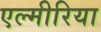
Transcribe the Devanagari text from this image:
एल्मीरिया